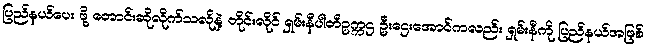
ပြည်နယ်ပေး ဖို့ တောင်းဆိုလိုက်သလိုနဲ့ တိုင်းလိုင် ရှမ်းနီပါတီဥက္ကဌ ဦးဌေးအောင်ကလည်း ရှမ်းနီကို ပြည်နယ်အဖြစ်